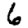
Digit: 6